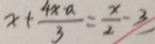
x + \frac { 4 x - a } { 3 } = \frac { x } { 2 } - 3